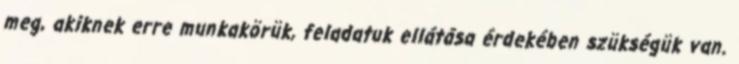
meg, akiknek erre munkakörük, feladatuk ellátása érdekében szükségük van.